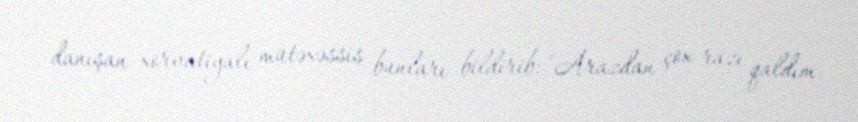
danışan xorvatiyalı mütəxəssis bunları bildirib: "Arazdan çox razı qaldım.